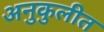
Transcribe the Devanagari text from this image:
अनुकुलीत